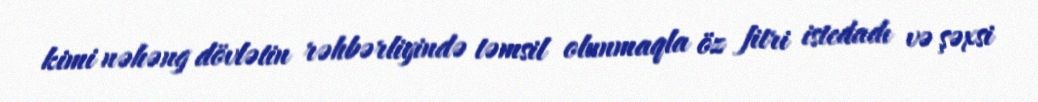
kimi nəhəng dövlətin rəhbərliyində təmsil olunmaqla öz fitri istedadı və şəxsi